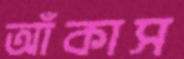
আঁকাস